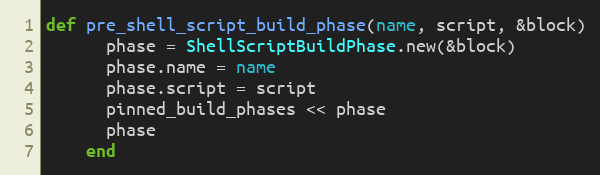
Language: Ruby
def pre_shell_script_build_phase(name, script, &block)
      phase = ShellScriptBuildPhase.new(&block)
      phase.name = name
      phase.script = script
      pinned_build_phases << phase
      phase
    end